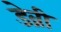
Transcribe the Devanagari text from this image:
डेव्री